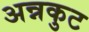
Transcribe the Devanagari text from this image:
अन्नकुट